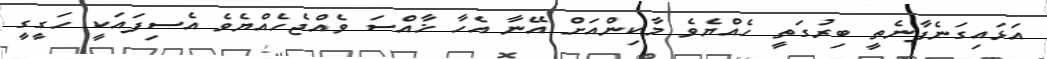
އަޅައިގަނެފާނެތީ ބިރުގަތީ ހެއްޔެވެ މާކިންއަށް އޭނާ އެހާ ޚާއްސަ ވެއްޖެހެއްޔެވެ އެސިފައަކީ ހަގީގީ